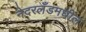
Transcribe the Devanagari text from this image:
नेदरलँडमधील